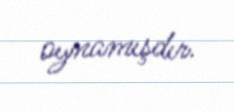
oynamışdır.